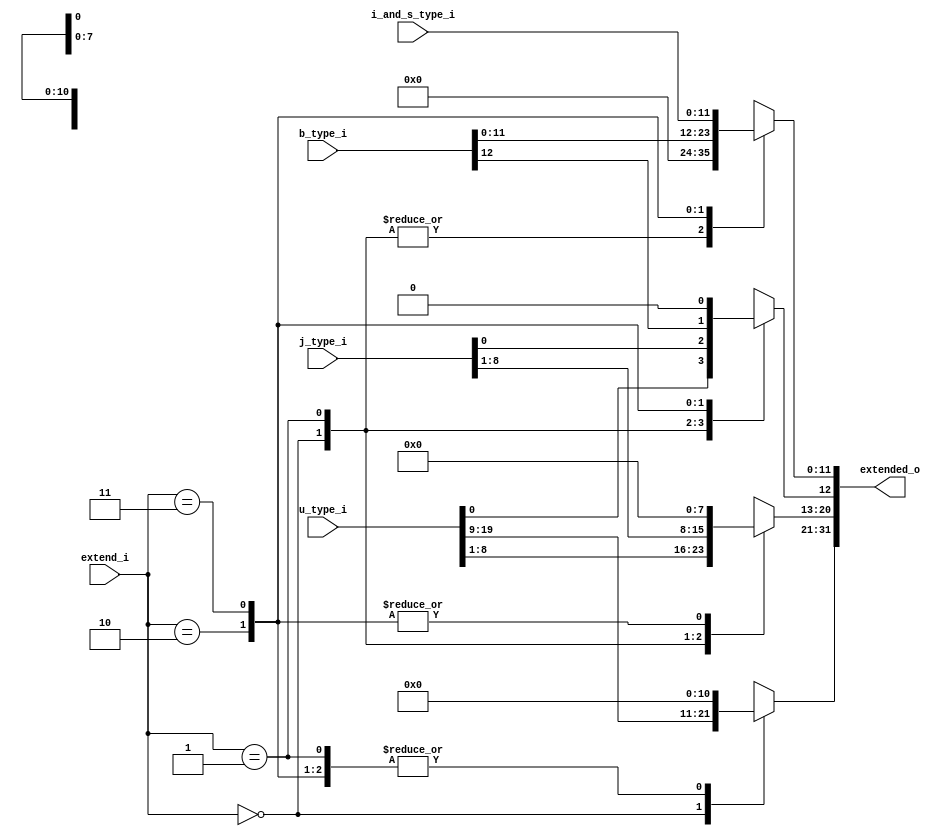
module extender(
    input [1:0] extend_i,
    input [19:0] u_type_i,
    input [8:0] j_type_i,
    input [12:0] b_type_i,
    input [11:0] i_and_s_type_i,
    output reg [31:0] extended_o
);
    reg [31:0] temp;
    always @(*) begin
        case (extend_i)
            2'b00: begin // U Type
                temp[31:12] = u_type_i;
                temp[11:0] = 12'b0;
            end
            2'b01: begin // J Type
                temp[20:12] = j_type_i;
                temp[31:21] = 11'b0;
                temp[11:0] = 12'b0;
            end
            2'b10: begin // B Type
                temp[12:0] = b_type_i;
                temp[31:13] = 19'b0;
            end
            2'b11: begin // I and S Type
                temp[11:0] = i_and_s_type_i;
                temp[31:12] = 20'b0;
            end
            default: temp = 32'b0;
        endcase
        extended_o = temp;
    end
endmodule